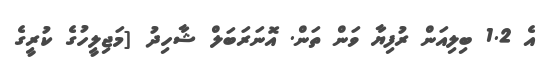
އެ 1.2 ބިލިއަން ރުފިޔާ ވަން ތަން. އޮނަރަބަލް ޝާހިދު [މަޖިލީހުގެ ކުރީގެ